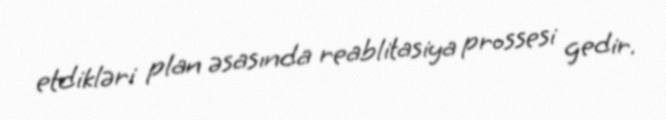
etdikləri plan əsasında reablitasiya prossesi gedir.